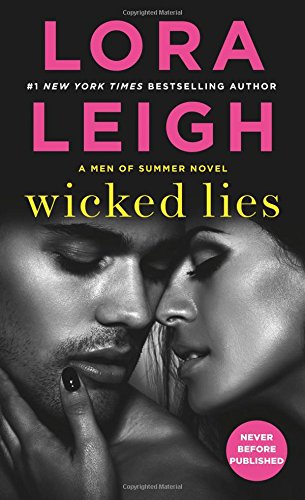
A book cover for Wicked Lies: A Men of Summer Novel; Lora Leigh; Romance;